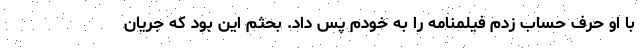
با او حرف حساب زدم فیلمنامه را به خودم پس داد. بحثم این بود که جریان